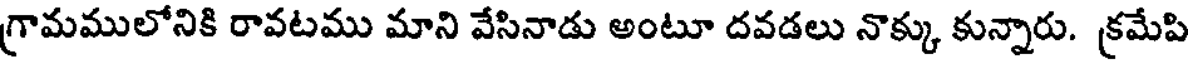
గ్రామములోనికి రావటము మాని వేసినాడు అంటూ దవడలు నొక్కు కున్నారు. క్రమేపి